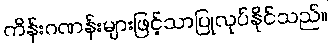
ကိန်းဂဏန်းများဖြင့်သာပြုလုပ်နိုင်သည်။